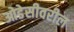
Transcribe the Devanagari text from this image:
ओडेसीवरील